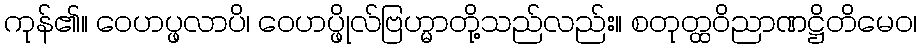
ကုန်၏။ ဝေဟပ္ဖလာပိ၊ ဝေဟပ္ဖိုလ်ဗြဟ္မာတို့သည်လည်း။ စတုတ္ထဝိညာဏဋ္ဌိတိမေဝ၊